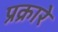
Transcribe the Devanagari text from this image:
प्रक्रारे